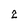
Character: 2